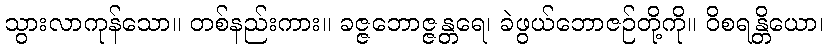
သွားလာကုန်သော။ တစ်နည်းကား။ ခဇ္ဇဘောဇ္ဇန္တရေ၊ ခဲဖွယ်ဘောဇဉ်တို့ကို။ ဝိစရန္တိယော၊